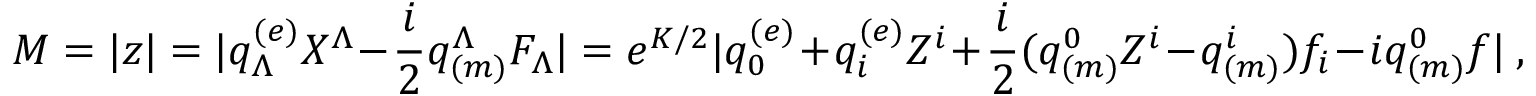
M = | z | = | q _ { \Lambda } ^ { ( e ) } X ^ { \Lambda } - { \frac { i } { 2 } } q _ { ( m ) } ^ { \Lambda } F _ { \Lambda } | = e ^ { K / 2 } | q _ { 0 } ^ { ( e ) } + q _ { i } ^ { ( e ) } Z ^ { i } + { \frac { i } { 2 } } ( q _ { ( m ) } ^ { 0 } Z ^ { i } - q _ { ( m ) } ^ { i } ) f _ { i } - i q _ { ( m ) } ^ { 0 } f | \ ,